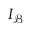
I _ { \mathcal { B } }